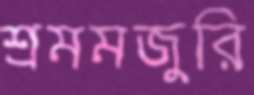
শ্রমমজুরি